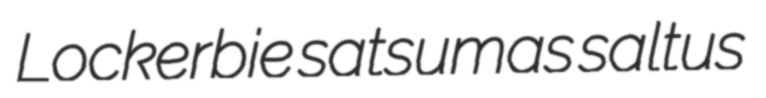
Lockerbie satsumas saltus